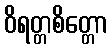
ဝိရတ္တစိတ္တော